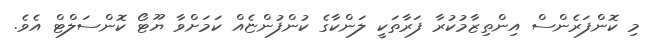
މި ކޮންފަރެންސް އިންތިޒާމުކުރާ ފަރާތަކީ ލަންކާގެ ކުންފުންޏެއް ކަމަށްވާ ޔޫޓޯ ކޮންސަލްޓް އެވެ.